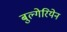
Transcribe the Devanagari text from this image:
बुल्गेरियेन